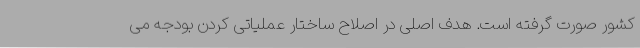
کشور صورت گرفته است. هدف اصلی در اصلاح ساختار عملیاتی کردن بودجه می